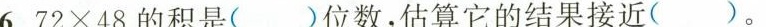
6.72×48的积是( )位数，估算它的结果接近( )。